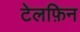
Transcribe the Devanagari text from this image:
टेलफ़िन